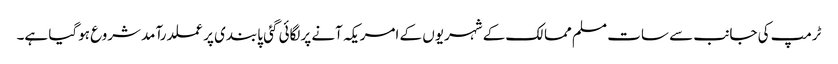
ٹرمپ کی جانب سے سات مسلم ممالک کے شہریوں کے امریکہ آنے پرلگائی گئی پابندی پرعملدرآمدشروع ہوگیا ہے۔